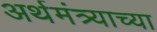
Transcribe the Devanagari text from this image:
अर्थमंत्र्याच्या